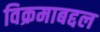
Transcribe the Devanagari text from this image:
विक्रमाबद्दल